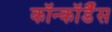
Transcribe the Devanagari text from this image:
कॉन्कॉर्डैंस